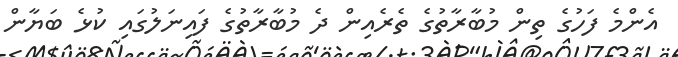
އެންމެ ފަހުގެ ތިން މުބާރާތުގެ ތެރެއިން ދެ މުބާރާތުގެ ފައިނަލުގައި ކުޅެ ބަޔާން